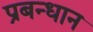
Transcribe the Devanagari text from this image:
प्रबन्धान